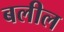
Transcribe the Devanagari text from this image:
बलील